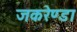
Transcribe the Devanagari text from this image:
जकरेण्डा